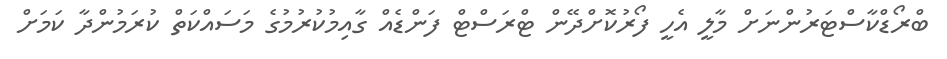
ބްރޯޑްކާސްޓަރުންނަށް މާލީ އެހީ ފޯރުކޮށްދޭން ޓްރަސްޓް ފަންޑެއް ގާއިމުކުރުމުގެ މަސައްކަތް ކުރަމުންދާ ކަމަށް